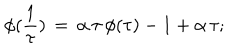
\phi ( \frac { 1 } { \tau } ) \, = \, \alpha \, \tau \, \phi ( \tau ) - 1 + \alpha \, \tau ;